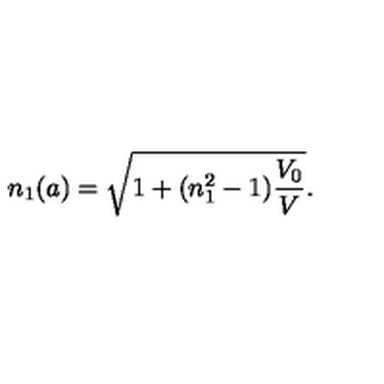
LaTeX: n _ { 1 } ( a ) = \sqrt { 1 + ( n _ { 1 } ^ { 2 } - 1 ) \frac { V _ { 0 } } { V } } .